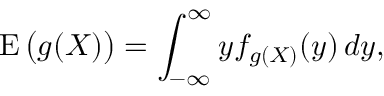
\operatorname { E } { \big ( } g ( X ) { \big ) } = \int _ { - \infty } ^ { \infty } y f _ { g ( X ) } ( y ) \, d y ,